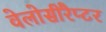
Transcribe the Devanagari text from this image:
वेलोसीरैप्टर